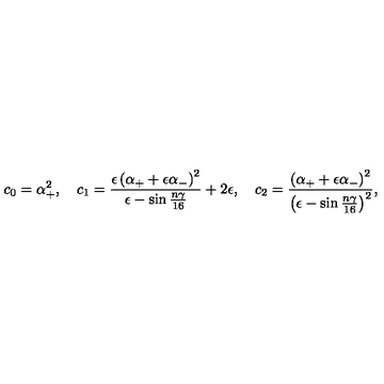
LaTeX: c _ { 0 } = \alpha _ { + } ^ { 2 } , \quad c _ { 1 } = \frac { \epsilon \left( \alpha _ { + } + \epsilon \alpha _ { - } \right) ^ { 2 } } { \epsilon - \sin \frac { n \gamma } { 1 6 } } + 2 \epsilon , \quad c _ { 2 } = \frac { \left( \alpha _ { + } + \epsilon \alpha _ { - } \right) ^ { 2 } } { \left( \epsilon - \sin \frac { n \gamma } { 1 6 } \right) ^ { 2 } } ,